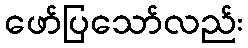
ဖော်ပြသော်လည်း